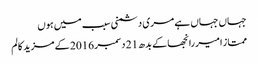
جہاں جہاں ہے مری دشمنی سبب میں ہوں
ممتاز امیر رانجھا کے بدھ 21 دسمبر 2016 کے مزید کالم